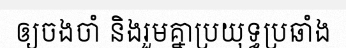
ឲ្យចងចាំ និងរួមគ្នាប្រយុទ្ធប្រឆាំង